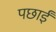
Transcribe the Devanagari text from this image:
पछाईं